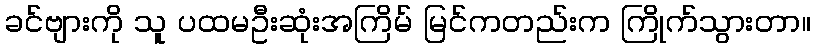
ခင်ဗျားကို သူ ပထမဦးဆုံးအကြိမ် မြင်ကတည်းက ကြိုက်သွားတာ။